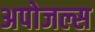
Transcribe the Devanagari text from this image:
अपोजल्स